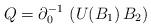
LaTeX: \begin{align*}Q = \partial_0^{-1} \, \left( U(B_1)\, B_2 \right)\end{align*}